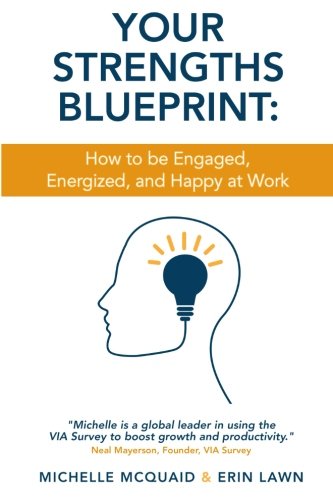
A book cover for Your Strengths Blueprint: How to be Engaged, Energized, and Happy at Work; Ms Michelle L McQuaid MAPP; Business & Money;